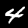
Digit: 4